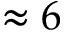
\approx 6